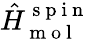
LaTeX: \hat{H}_{\mathrm{~m~o~l~}}^{\mathrm{~s~p~i~n~}}